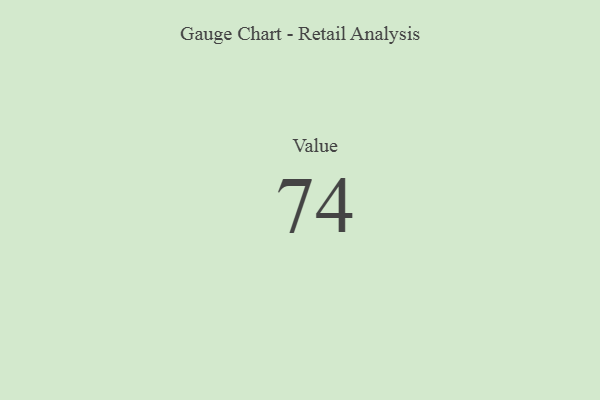
{"axis": {"x": "Metric", "y": "Value"}, "legend": [""], "data": [{"x": "Value", "y": 74, "type": ""}]}